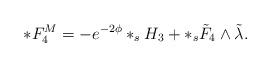
LaTeX: \begin{align*}*F_4^M = - e^{-2\phi} *_s H_3 + *_s \tilde F_4 \wedge \tilde \lambda.\end{align*}